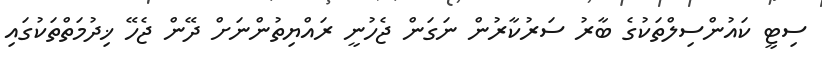
ސިޓީ ކައުންސިލްތަކުގެ ބާރު ސަރުކާރުން ނަގަން ޖެހުނީ ރައްޔިތުންނަށް ދޭން ޖެހޭ ޚިދުމަތްތަކުގައި